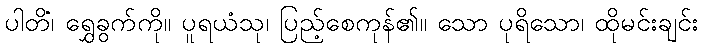
ပါတိံ၊ ရွှေခွက်ကို။ ပူရယံသု၊ ပြည့်စေကုန်၏။ သော ပုရိသော၊ ထိုမင်းချင်း